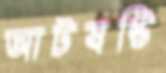
আটষষ্টি